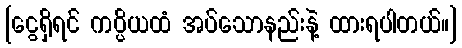
[ငွေရှိရင် ကပ္ပိယထံ အပ်သောနည်းနဲ့ ထားရပါတယ်။]